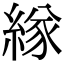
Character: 𦂁